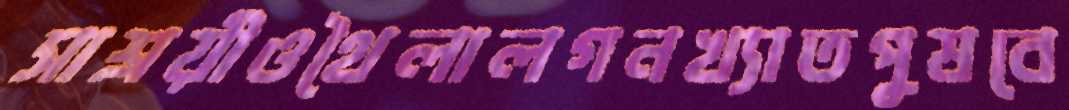
সাশ্রয়ীওথৈলালগনখ্যাতপুষবে